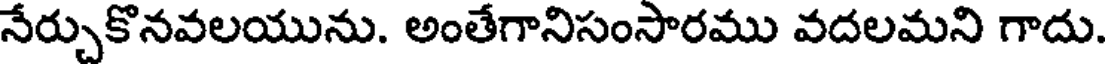
నేర్చుకొనవలయును. అంతేగానిసంసారము వదలమని గాదు.